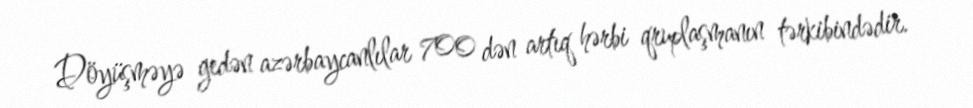
Döyüşməyə gedən azərbaycanlılar 700 dən artıq hərbi qruplaşmanın tərkibindədir.